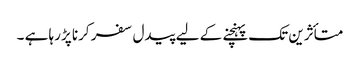
متأثرین تک پہنچنے کے لیے پیدل سفر کرنا پڑرہا ہے ۔